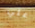
علي